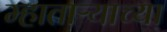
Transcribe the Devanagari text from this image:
म्हाताऱ्याच्या